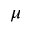
\mu